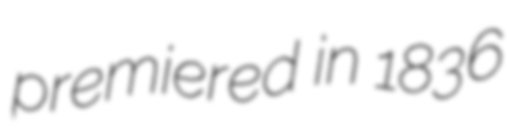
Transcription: premiered in 1836